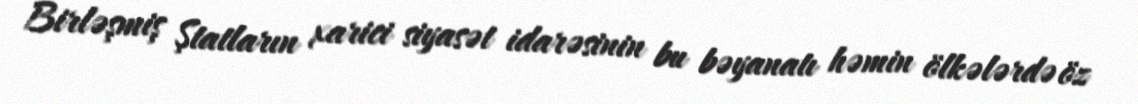
Birləşmiş Ştatların xarici siyasət idarəsinin bu bəyanatı həmin ölkələrdə öz